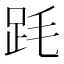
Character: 𣭻